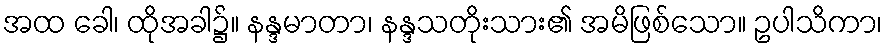
အထ ခေါ၊ ထိုအခါ၌။ နန္ဒမာတာ၊ နန္ဒသတိုးသား၏ အမိဖြစ်သော။ ဥပါသိကာ၊